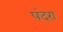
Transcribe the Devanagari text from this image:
पंदरा